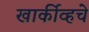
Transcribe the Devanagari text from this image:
खार्कीव्हचे